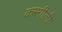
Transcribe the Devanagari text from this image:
करग़ीज़ी